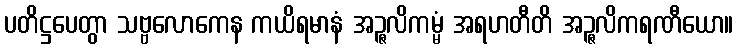
ပတိဋ္ဌပေတွာ သဗ္ဗလောကေန ကယိရမာနံ အဉ္ဇလိကမ္မံ အရဟတီတိ အဉ္ဇလိကရဏီယော။